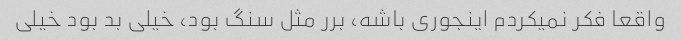
واقعا فکر نمیکردم اینجوری باشه، برر مثل سنگ بود، خیلی بد بود خیلی